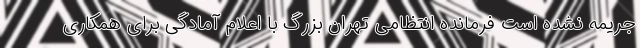
جریمه نشده است فرمانده انتظامی تهران بزرگ با اعلام آمادگی برای همکاری